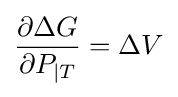
{\frac {\partial \Delta G}{\partial P_{|T}}}={\Delta V}